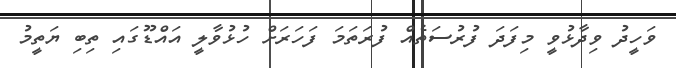
ވަހީދު ވިދާޅުވީ މިފަދަ ފުރުސަތެއް ފުރަތަމަ ފަހަރަށް ހުޅުވާލީ އައްޑޫގައި ތިބި ޔަތީމު